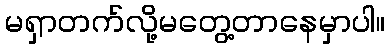
မရှာတက်လို့မတွေ့တာနေမှာပါ။